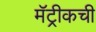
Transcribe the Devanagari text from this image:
मॅट्रीकची